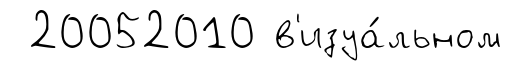
20052010 в'изуа́льном